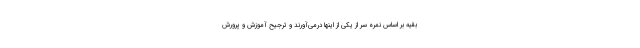
بقیه بر اساس نمره سر از یکی از اینها درمی‌آورند و ترجیح آموزش و پرورش